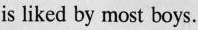
is liked by most boys.